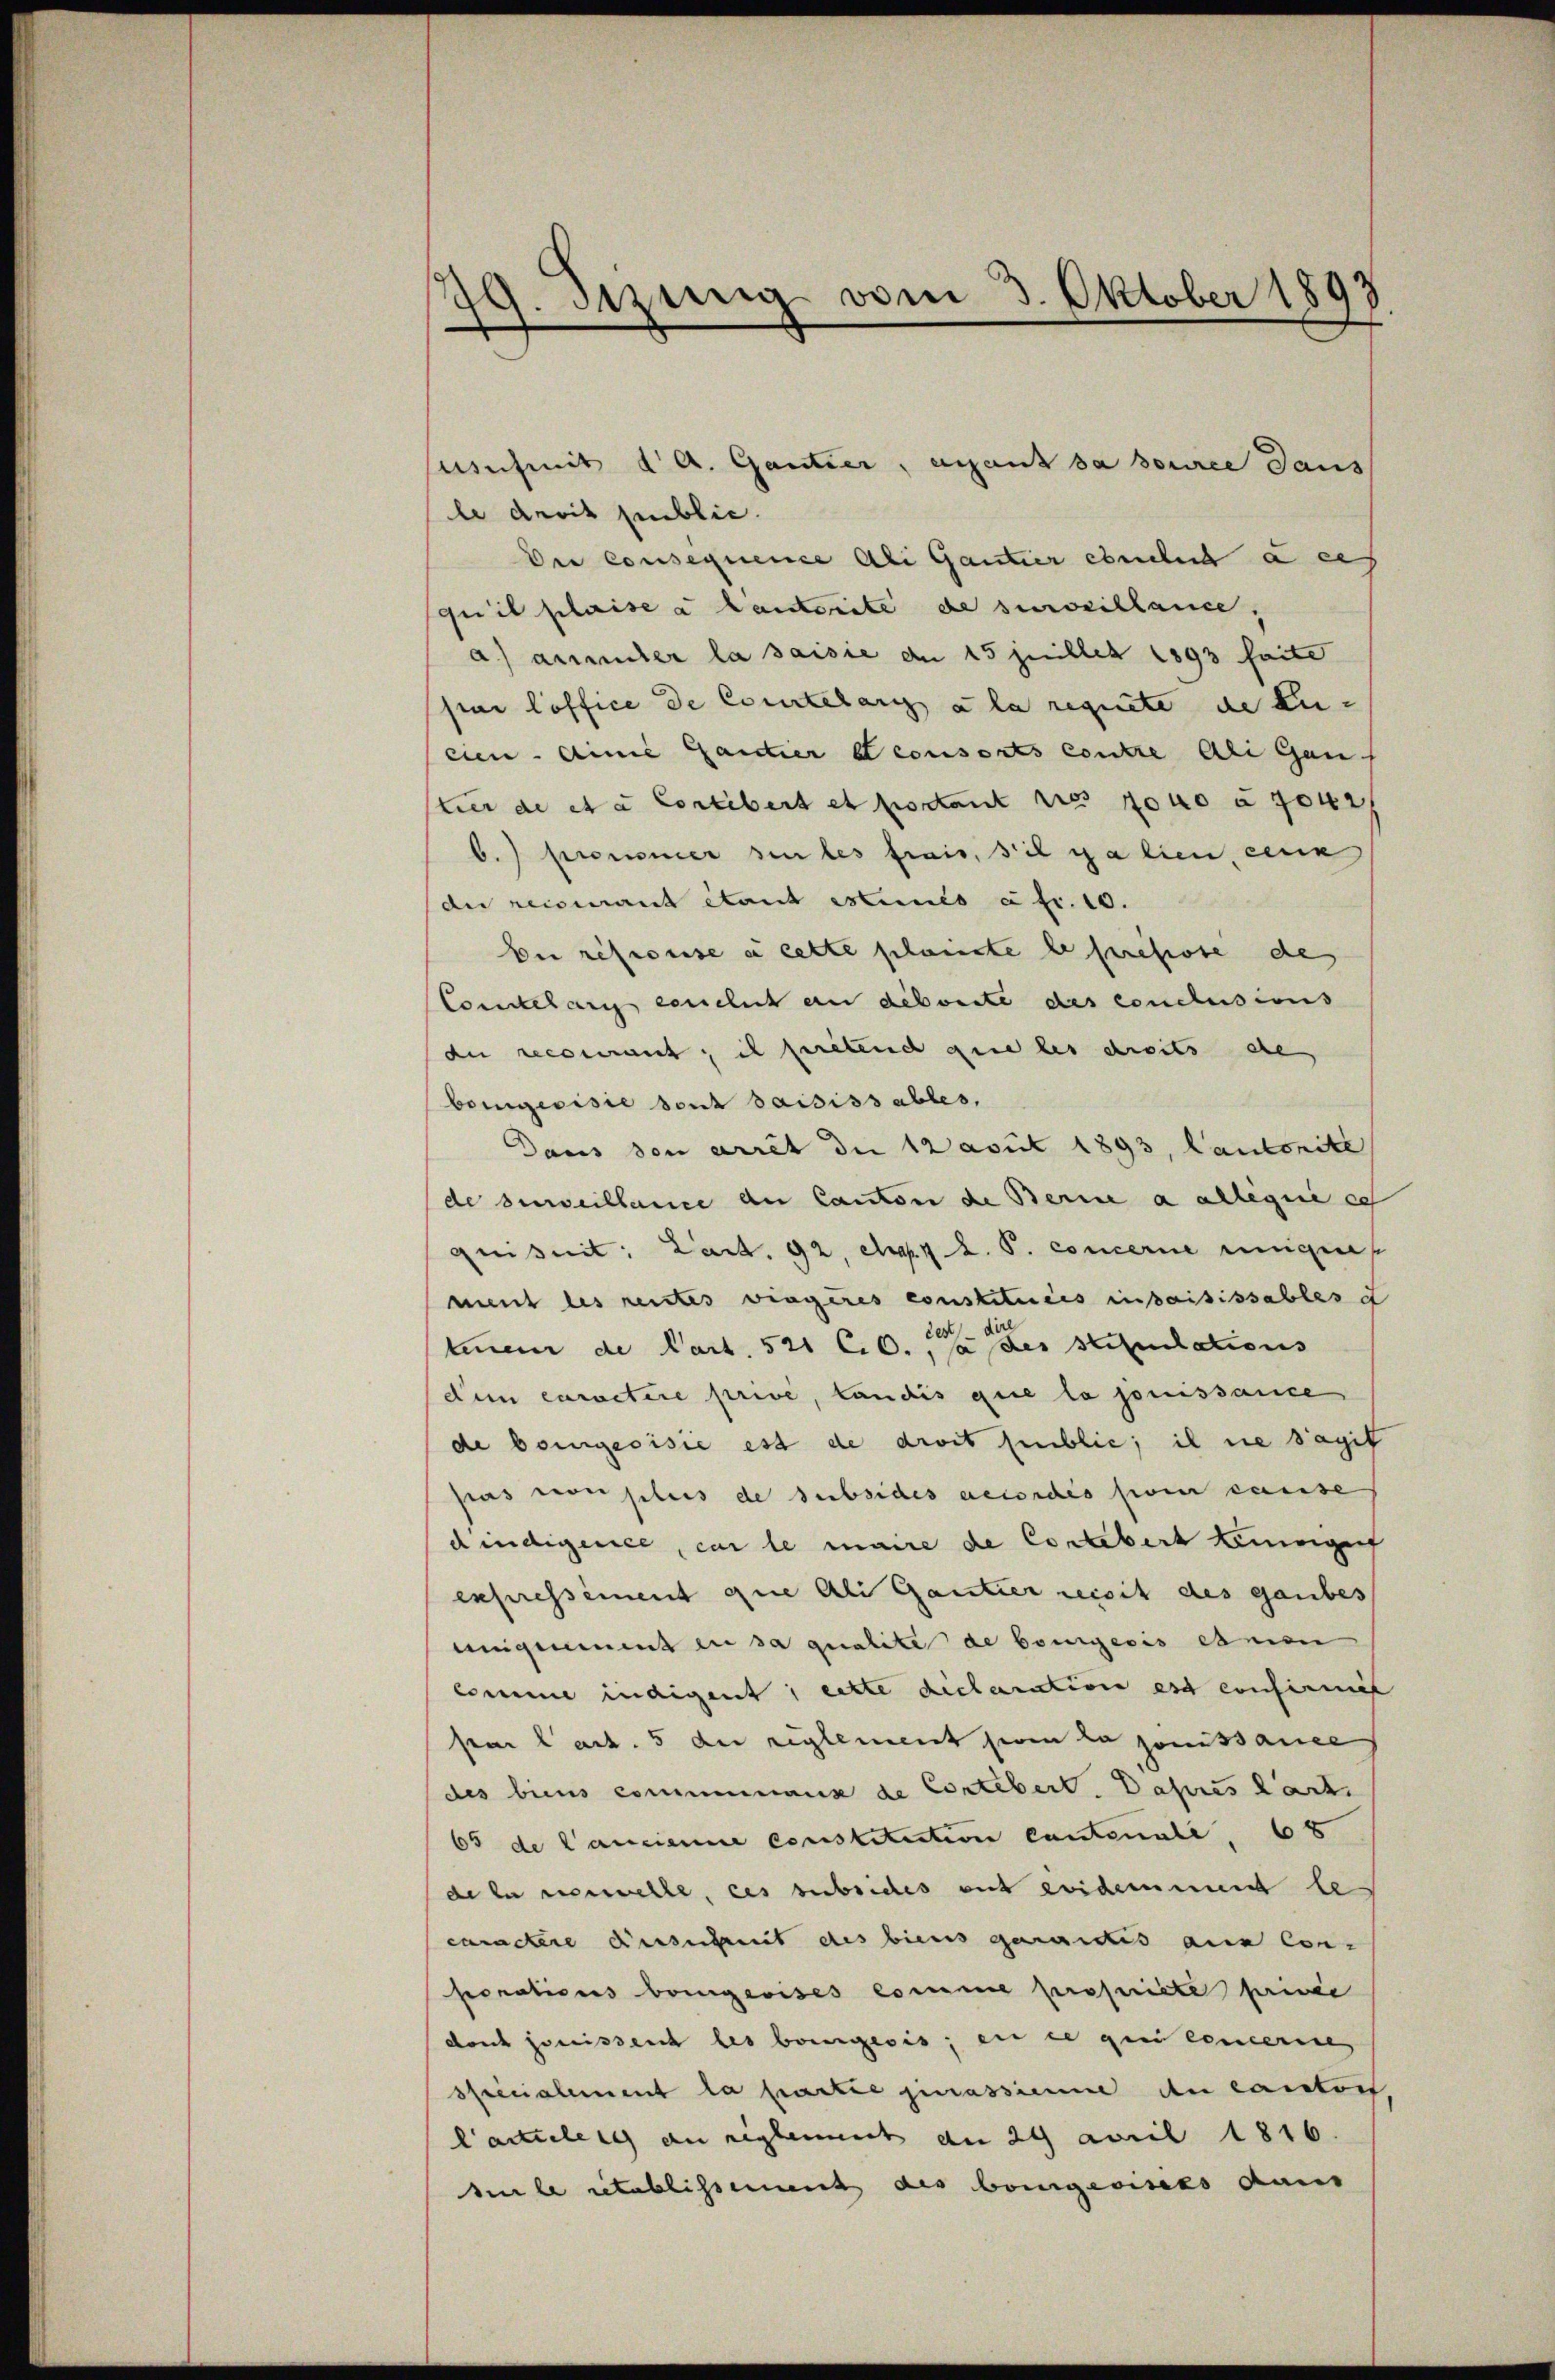
79. Bezug vom 3. Oktober 1893

le derit public.
Der consequence Ali Gantier endlich a ces
quil plaise a lauterite de surveillance,
a) anmuter la saisie an 15 juillet 1893 faite
par loffice de Comitelangs a la requiete die Zu-
eien. Linie Gantier et consorts contre Ali Gan
tuer de et a Carlibert et sodant ne sono a for
b.) Preusner sin les frais, sie galien, sein
du recomant étant estinés à fr. 10.
bei refuse e cette planste le presse de
Comtelang endlich an deboute des conclusions
de recourant; il peretend gene les droits de
bomgeoisie sont saisissables,
Daus von arret die 12 avut 1893, Cantonite
de surveillance an Canton de Berine a allegiie es
quisit: Lart. 92, ca 2. P. concerne einigen
ment les rentes viagères constituées insaisissables d
teen de Part. 521 C.6., da der stipulations
dum caractere prive, Landis que la jouissance
de bourgeoisie est de droit public, il ne s’agit
pas von plus de subsides accordes son cause
dindigence, car le maire de Cortebert keneigen
expressement que Ali Gantier reccit des gaubes
einigenement zu sa qualite de bourgeois esnien
comme indigent, eitte declaration est confirmat
par lact. 5 der reglement seien la jouissance
des biens communaus de Contebert. Jahres Kart
65 de Cancienne constitution Cantonale. 65
de la verwelle, ces subsiches mit evidement le
caractere dessenheit des biens gewandes aus Con-
sorations bringewises comme propriete privée
dont jouisseit les bringesis, ein ce qui concerire,
sficialement la partie jurassieme du cantons
lartieleng an reglement an 29 april 1816.
sle retablissement des bringewisses dan

nihmit d A. Gantier, ayant sa source daus